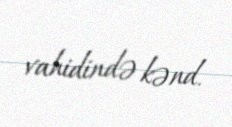
vahidində kənd.